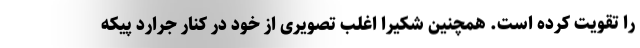
را تقویت کرده است. همچنین شکیرا اغلب تصویری از خود در کنار جرارد پیکه